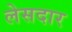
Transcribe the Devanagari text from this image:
लेसदार